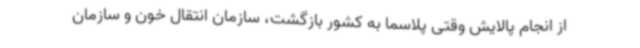
از انجام پالایش وقتی پلاسما به کشور بازگشت، سازمان انتقال خون و سازمان